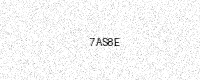
Text: 7AS8E